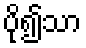
ပို၍သာ